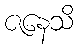
ဇနေသိ